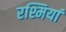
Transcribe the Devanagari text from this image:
रश्मियां